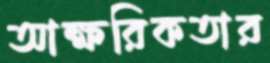
আক্ষরিকতার